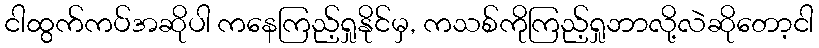
ငါထွက်ကပ်အဆိုပါ ကနေကြည့်ရှုနိုင်မှ, ကသစ်ကိုကြည့်ရှုဘာလို့လဲဆိုတော့ငါ